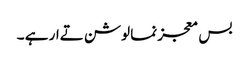
بس معجز نما لوشن تےار ہے ۔